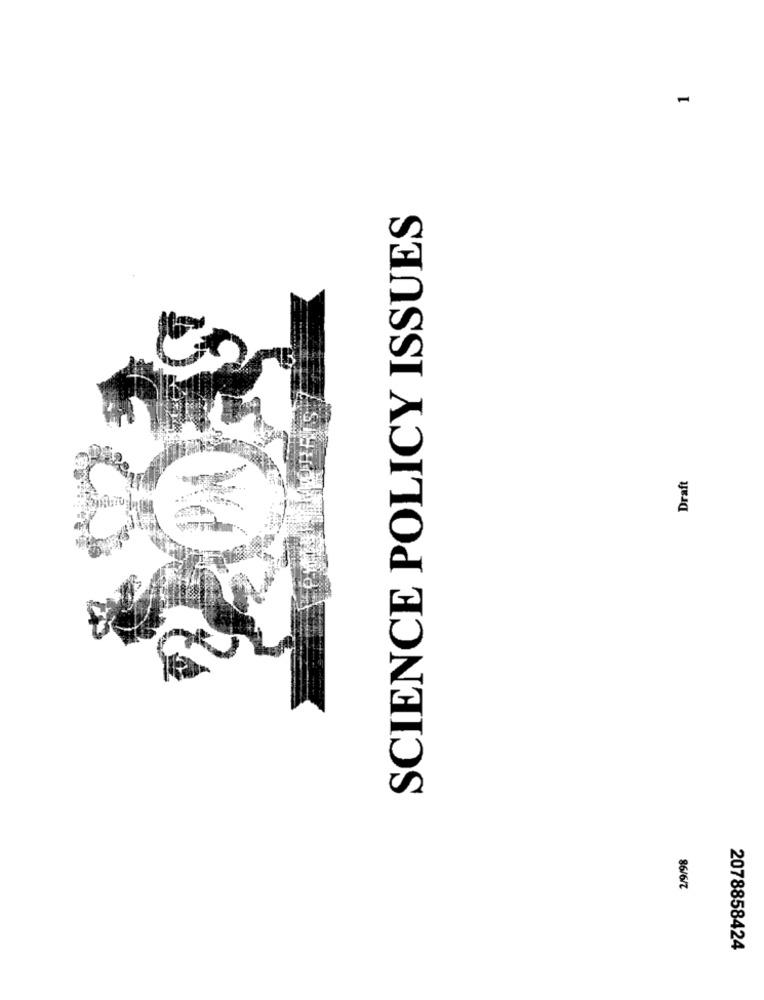
1
SCIENCE POLICY ISSUES
Draft
2/9/98
2078858424